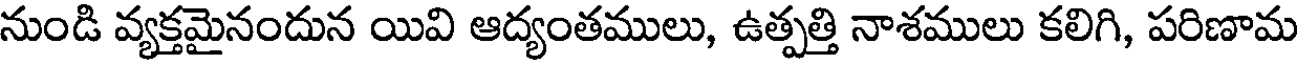
నుండి వ్యక్తమైనందున యివి ఆద్యంతములు, ఉత్పత్తి నాశములు కలిగి, పరిణామ